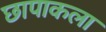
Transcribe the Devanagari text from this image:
छापाकला